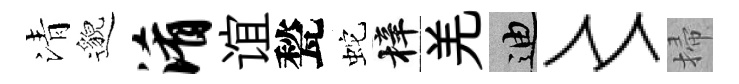
清邈淆谊甃蛇梓羌迪〻掃